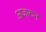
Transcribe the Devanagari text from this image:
अजरुन